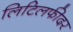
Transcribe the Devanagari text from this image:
लिटिलफीदर